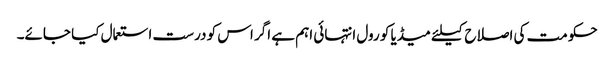
حکومت کی اصلاح کیلئے میڈیا کو رول انتہائی اہم ہے اگر اس کو درست استعمال کیا جائے۔